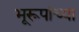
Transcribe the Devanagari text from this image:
भूरूपांच्या